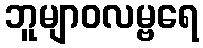
ဘူမျာဝလမ္ဗရေ